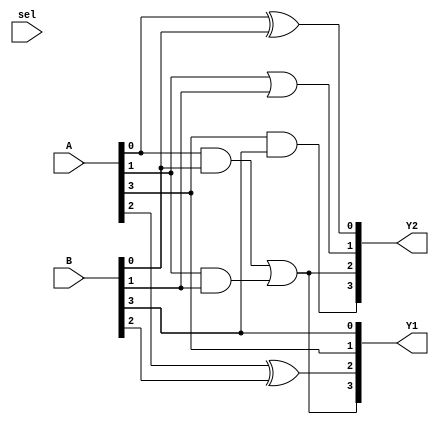
module CombinationalLogicBlock (
    input wire [3:0] A,      // 4-bit input A
    input wire [3:0] B,      // 4-bit input B
    input wire [1:0] sel,    // 2-bit selection input for multiplexer
    output wire [3:0] Y1,     // Output for function 1
    output wire [3:0] Y2      // Output for function 2
);

// Common logic shared between outputs
wire common_logic1;
wire common_logic2;

// Example shared logic expressions
assign common_logic1 = (A[0] & B[0]) | (A[1] & B[1]); // Shared logic for Y1 and Y2
assign common_logic2 = A[2] ^ B[2]; // Another shared logic for Y1

// Output logic functions
assign Y1 = {common_logic1, common_logic2, A[3], B[3]}; // Function 1
assign Y2 = {A[3] & B[3], common_logic1, A[1] | B[1], A[0] ^ B[0]}; // Function 2

// Multiplexer routing based on selection input
wire [3:0] mux_out;
assign mux_out = (sel == 2'b00) ? Y1 :
                 (sel == 2'b01) ? Y2 :
                 4'b0000; // Default case

endmodule